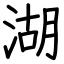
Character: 湖